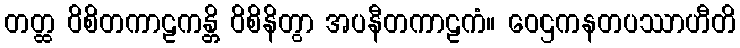
တတ္ထ ဝိစိတကာဠကန္တိ ဝိစိနိတွာ အပနီတကာဠကံ။ ဝေဌကနတပဿာဟီတိ